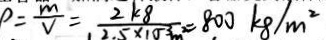
\rho = \frac { m } { V } = \frac { 2 k 8 } { 2 . 5 \times 1 0 ^ { - 3 } m ^ { 2 } } = 8 0 0 k 8 / m ^ { 2 }